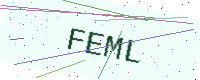
Text: FEML